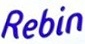
Rebin